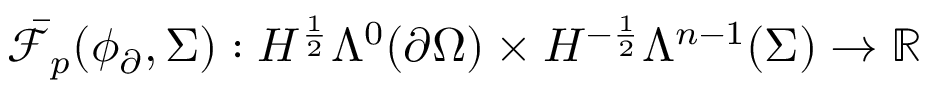
\bar { \mathcal { F } } _ { p } ( \phi _ { \partial } , \Sigma ) : H ^ { \frac { 1 } { 2 } } \Lambda ^ { 0 } ( \partial \Omega ) \times H ^ { - \frac { 1 } { 2 } } \Lambda ^ { n - 1 } ( \Sigma ) \to \mathbb { R }